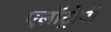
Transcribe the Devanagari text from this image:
एलॉट्रोपी